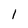
Character: 1